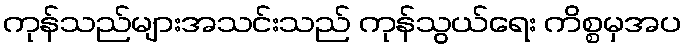
ကုန်သည်များအသင်းသည် ကုန်သွယ်ရေး ကိစ္စမှအပ